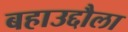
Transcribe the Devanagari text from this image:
बहाउद्दौला